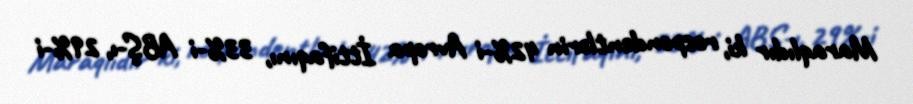
Maraqlıdır ki, respondentlərin 42%-i Avropa İttifaqını, 33%-i ABŞ-ı, 29%-i